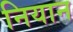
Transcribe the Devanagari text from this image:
नियान